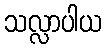
သလ္လာပါယ